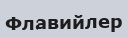
Флавийлер